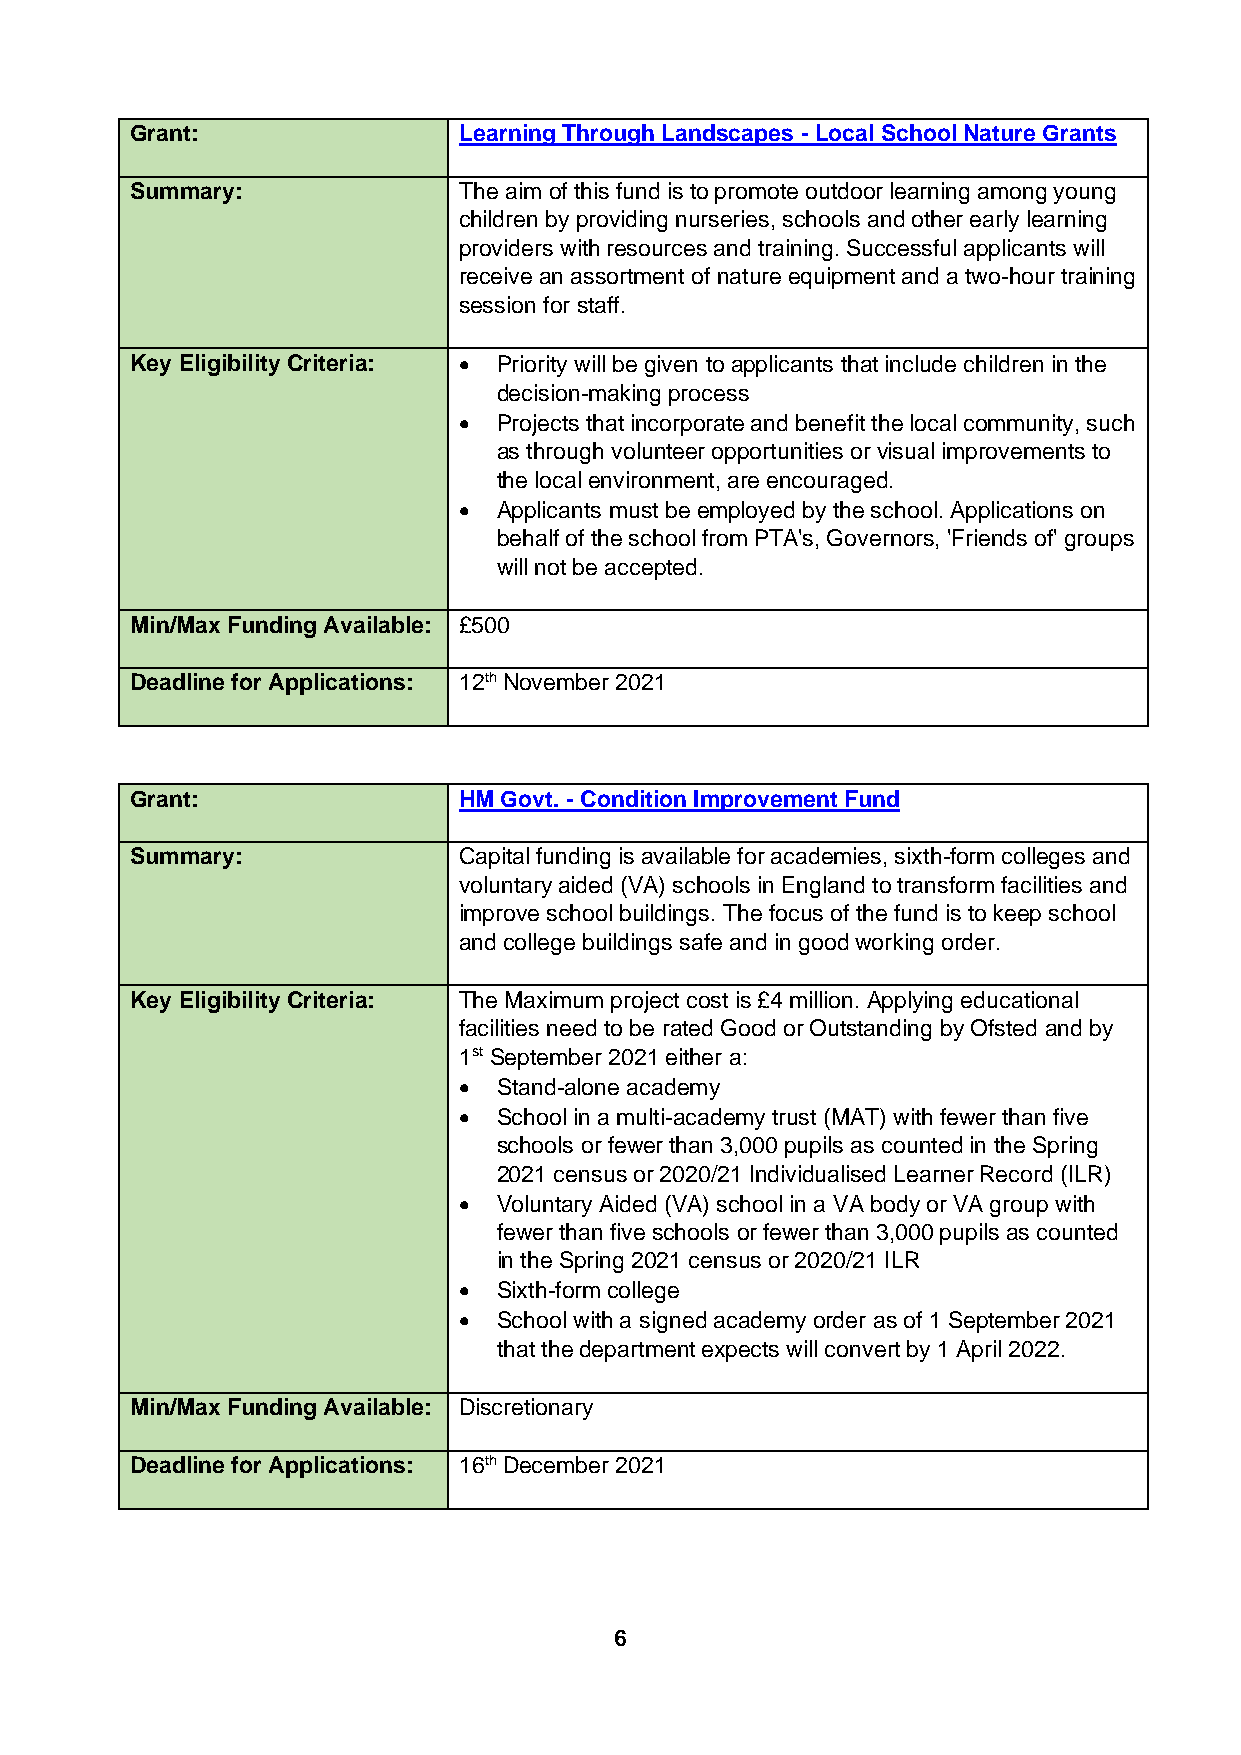
Grant:               Learning Through Landscapes - Local School Nature Grants
 Summary:             The aim of this fund is to promote outdoor learning among young
 children by providing nurseries, schools and other early learning
 providers with resources and training. Successful applicants will
 receive an assortment of nature equipment and a two-hour training
 session for staff.
 Key Eligibility Criteria: • Priority will be given to applicants that include children in the
 decision-making process
 •  Projects that incorporate and benefit the local community, such
 as through volunteer opportunities or visual improvements to
 the local environment, are encouraged.
 •  Applicants must be employed by the school. Applications on
 behalf of the school from PTA's, Governors, 'Friends of' groups
 will not be accepted.
 Min/Max Funding Available: £500
 Deadline for Applications: 12th November 2021
 Grant:               HM Govt. - Condition Improvement Fund
 Summary:             Capital funding is available for academies, sixth-form colleges and
 voluntary aided (VA) schools in England to transform facilities and
 improve school buildings. The focus of the fund is to keep school
 and college buildings safe and in good working order.
 Key Eligibility Criteria: The Maximum project cost is £4 million. Applying educational
 facilities need to be rated Good or Outstanding by Ofsted and by
 1st September 2021 either a:
 •  Stand-alone academy
 •  School in a multi-academy trust (MAT) with fewer than five
 schools or fewer than 3,000 pupils as counted in the Spring
 2021 census or 2020/21 Individualised Learner Record (ILR)
 •  Voluntary Aided (VA) school in a VA body or VA group with
 fewer than five schools or fewer than 3,000 pupils as counted
 in the Spring 2021 census or 2020/21 ILR
 •  Sixth-form college
 •  School with a signed academy order as of 1 September 2021
 that the department expects will convert by 1 April 2022.
 Min/Max Funding Available: Discretionary
 Deadline for Applications: 16th December 2021
 6